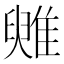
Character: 𩀑